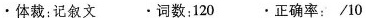
·体裁:记叙文 .词数:120 ·正确率:/10